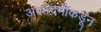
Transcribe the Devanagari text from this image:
अकादमीकडून